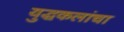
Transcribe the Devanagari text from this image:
युद्धकलांचा